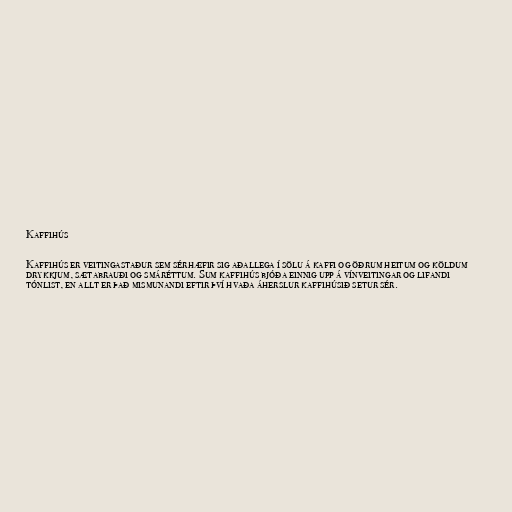
Kaffihús

Kaffihús er veitingastaður sem sérhæfir sig aðallega í sölu á kaffi og öðrum heitum og köldum
drykkjum, sætabrauði og smáréttum. Sum kaffihús bjóða einnig upp á vínveitingar og lifandi
tónlist, en allt er það mismunandi eftir því hvaða áherslur kaffihúsið setur sér.